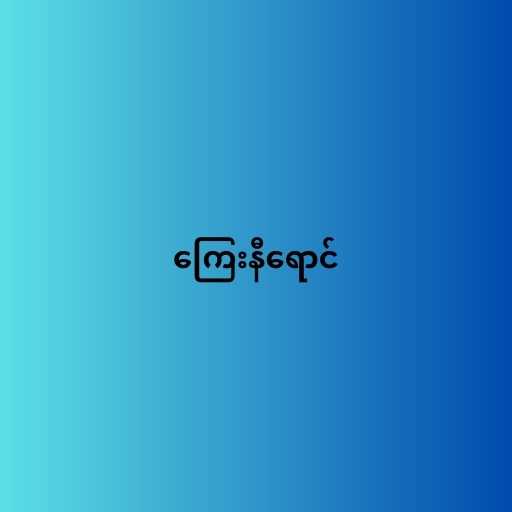
ကြေးနီရောင်